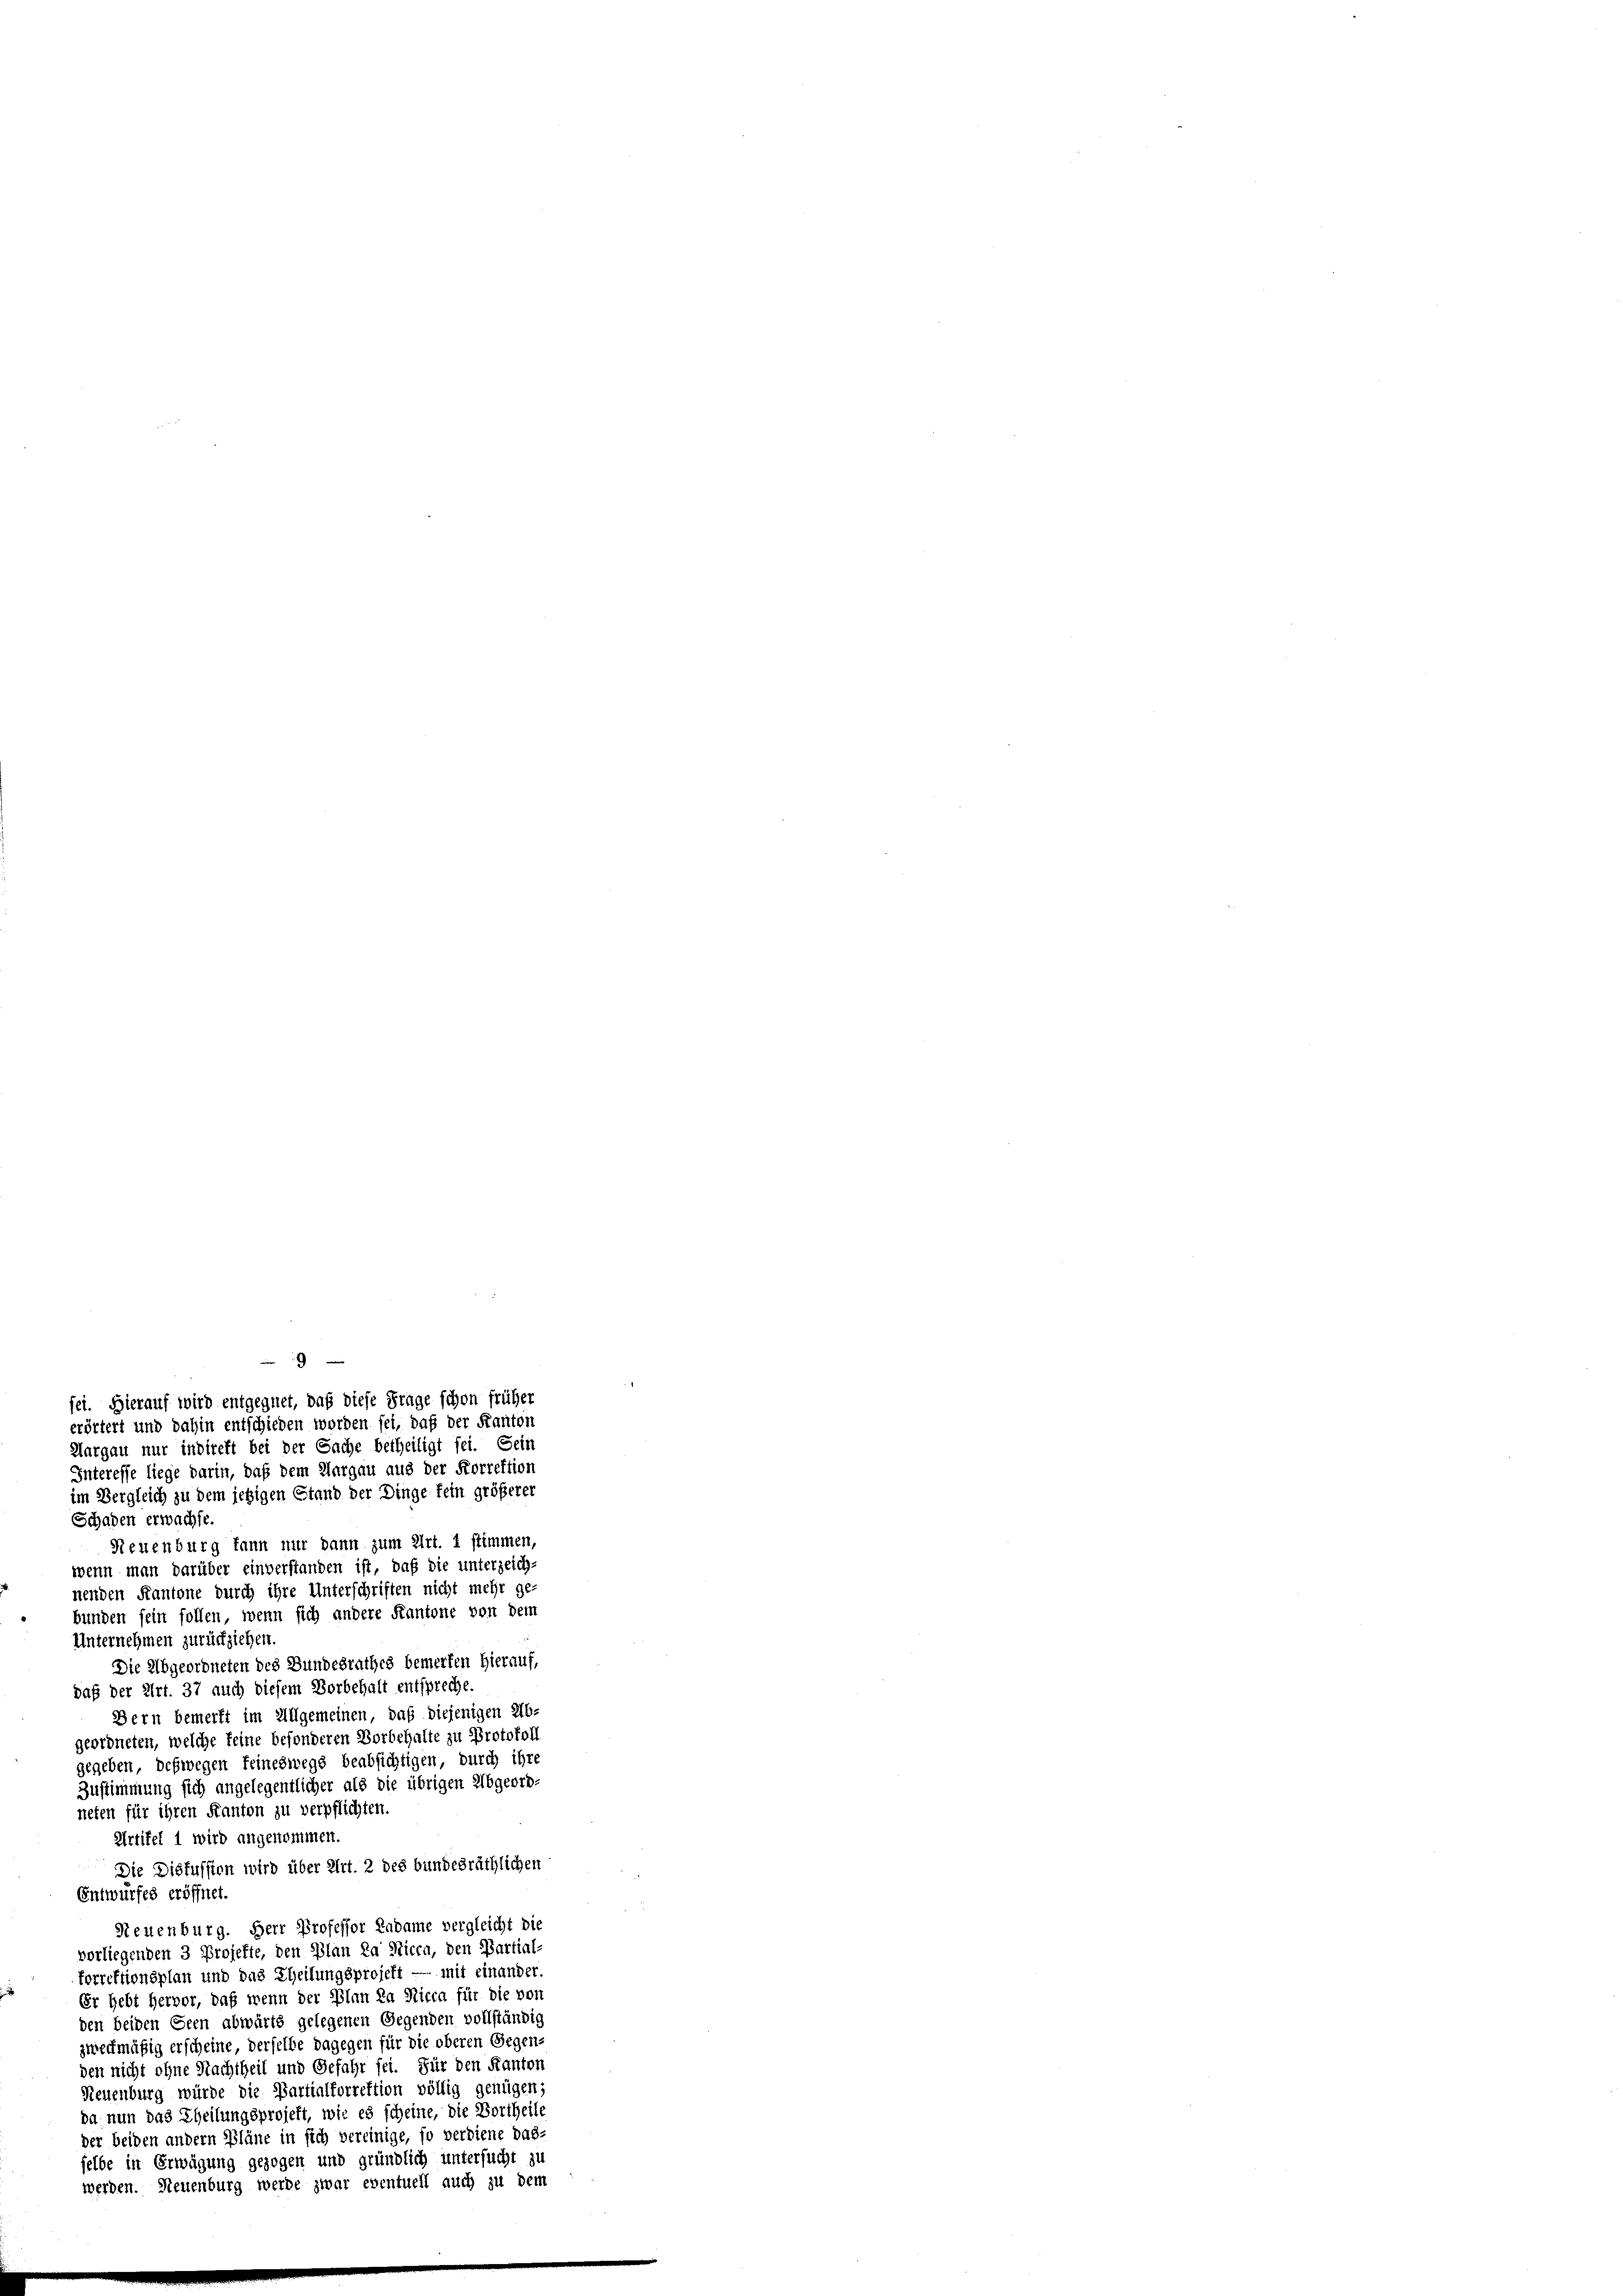
Aargau nur indirekt bei der Sache betheiligt sei. Sein
Interesse liege darin, daß dem Aargau aus der Korrektion
im Vergleich zu dem jetzigen Stand der Dinge fein größerer
Schaden erwachse.
Neuenburg kann nur dann zum Art. 1 stimmen,
wenn man darüber einverstanden ist, daß die unterzeich-
nenden Kantone durch ihre Unterschriften nicht mehr gebunden sein sollen, wenn sich andere Kantone von dem
Unternehmen zurückziehen.
Die Abgeordneten des Bundesrathes bemerken hierauf,
daß der Art. 37 auch diesem Vorbehalt entspreche.
Bern bemerkt im Allgemeinen, daß diejenigen 216.
geordneten, welche feine besonderen Vorbehalte zu Protokoll
gegeben, deßwegen feineswegs beabsichtigen, durch ihre
Zustimmung sich angelegentlicher als die übrigen Abgeord-
neten für ihren Kanton zu verpflichten.
Artikel 1 wird angekommen.
Die Disfussion wird über Art. 2 des bundesräthlichen
Entwurfes eröffnet.
Neuenburg. Herr Professor Radame vergleicht die
vorliegenden 3 Projekte, den Plan da Nicca, den Partial-
torrektionsplan und das Theilungsprojekt — mit einander.
Er hebt Hervor, daß wenn der Ihnn da Nicca für die von
den beiden Seen abwärts gelegenen Gegenden vollständig
zweckmäßig erscheine, derselbe dagegen für die oberen Gegen-
den nicht ohne Nachtheil und Gefahr sei. Für den Kanton
Neuenburg würde die Partialforrektion völlig genügen;
da nun das Theilungsprojekt, wie es scheine, die Vortheile
der beiden andern Pläne in sich vereinige, so verdiene das-
selbe in Erwägung gezogen und gründlich untersucht zu
werden. Neuenburg werde zwar eventuell auch zu dem

9
fei. Hierauf wird entgegnet, daß diese Frage schon früher
erörtert und dahin entschieden worden sei, daß der Kanton